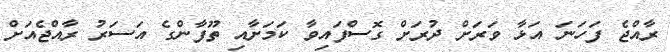
ރާއްޖެ ފަހަނަ އަޅާ ވަރަށް ދުރަށް ގޮސްފައިވާ ކަމަށާއި ތޫފާންގެ އަސަރު ރާއްޖެއަށް